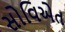
સોવિએત